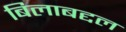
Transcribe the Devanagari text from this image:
बिलाबद्दल